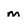
Character: m